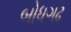
બોધગઢ